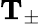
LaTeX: \mathbf{T_{\pm}}